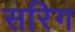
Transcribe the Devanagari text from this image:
सरिग